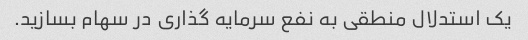
یک استدلال منطقی به نفع سرمایه گذاری در سهام بسازید.